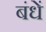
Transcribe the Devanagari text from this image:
बंधें